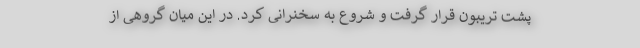
پشت تریبون قرار گرفت و شروع به سخنرانی كرد. در این میان گروهی از